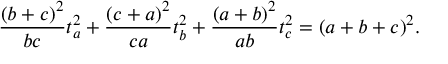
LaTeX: { \frac { ( b + c ) ^ { 2 } } { b c } } t _ { a } ^ { 2 } + { \frac { ( c + a ) ^ { 2 } } { c a } } t _ { b } ^ { 2 } + { \frac { ( a + b ) ^ { 2 } } { a b } } t _ { c } ^ { 2 } = ( a + b + c ) ^ { 2 } .